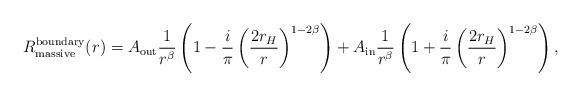
LaTeX: \begin{align*} R^{\rm boundary}_{\rm massive}(r) = A_{\rm out} \frac{1}{r^\beta}\left(1-\frac{i}{\pi}\left(\frac{2r_{H}}{r}\right)^{1-2\beta}\right)+ A_{\rm in} \frac{1}{r^\beta}\left(1+\frac{i}{\pi}\left(\frac{2r_{H}}{r}\right)^{1-2\beta}\right),\end{align*}